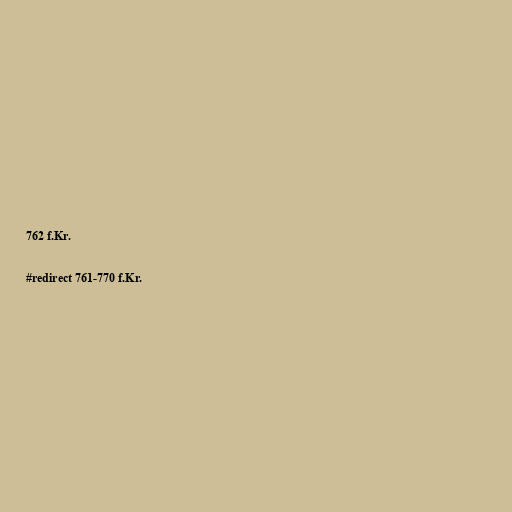
762 f.Kr.

#redirect 761-770 f.Kr.